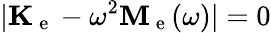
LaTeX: |\mathbf{K}_{\mathrm{~e~}}-\omega^{2}\mathbf{M}_{\mathrm{~e~}}(\omega)|=0